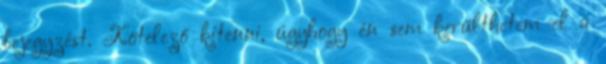
bejegyzést. Kötelező kitenni, úgyhogy én sem kerülthetem el a